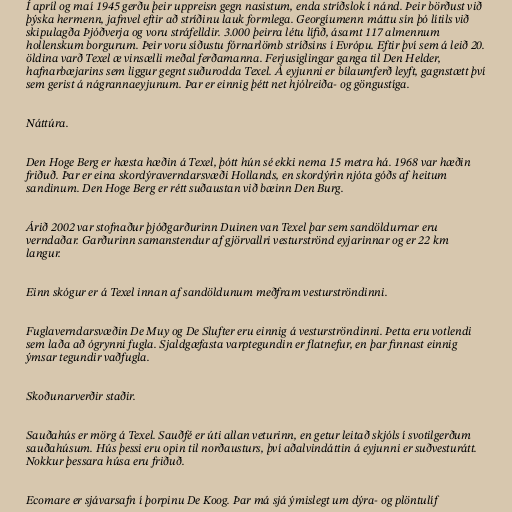
Í apríl og maí 1945 gerðu þeir uppreisn gegn nasistum, enda stríðslok í nánd. Þeir börðust við
þýska hermenn, jafnvel eftir að stríðinu lauk formlega. Georgíumenn máttu sín þó lítils við
skipulagða Þjóðverja og voru stráfelldir. 3.000 þeirra létu lífið, ásamt 117 almennum
hollenskum borgurum. Þeir voru síðustu fórnarlömb stríðsins í Evrópu. Eftir því sem á leið 20.
öldina varð Texel æ vinsælli meðal ferðamanna. Ferjusiglingar ganga til Den Helder,
hafnarbæjarins sem liggur gegnt suðurodda Texel. Á eyjunni er bílaumferð leyft, gagnstætt því
sem gerist á nágrannaeyjunum. Þar er einnig þétt net hjólreiða- og göngustíga.

Náttúra.

Den Hoge Berg er hæsta hæðin á Texel, þótt hún sé ekki nema 15 metra há. 1968 var hæðin
friðuð. Þar er eina skordýraverndarsvæði Hollands, en skordýrin njóta góðs af heitum
sandinum. Den Hoge Berg er rétt suðaustan við bæinn Den Burg.

Árið 2002 var stofnaður þjóðgarðurinn Duinen van Texel þar sem sandöldurnar eru
verndaðar. Garðurinn samanstendur af gjörvallri vesturströnd eyjarinnar og er 22 km
langur.

Einn skógur er á Texel innan af sandöldunum meðfram vesturströndinni.

Fuglaverndarsvæðin De Muy og De Slufter eru einnig á vesturströndinni. Þetta eru votlendi
sem laða að ógrynni fugla. Sjaldgæfasta varptegundin er flatnefur, en þar finnast einnig
ýmsar tegundir vaðfugla.

Skoðunarverðir staðir.

Sauðahús er mörg á Texel. Sauðfé er úti allan veturinn, en getur leitað skjóls í svotilgerðum
sauðahúsum. Hús þessi eru opin til norðausturs, því aðalvindáttin á eyjunni er suðvesturátt.
Nokkur þessara húsa eru friðuð.

Ecomare er sjávarsafn í þorpinu De Koog. Þar má sjá ýmislegt um dýra- og plöntulíf